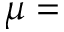
\mu =